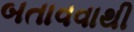
બતાવવાથી